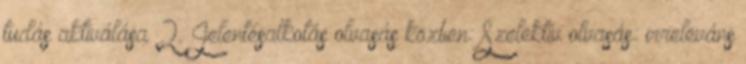
tudás aktiválása 2. Jelentésalkotás olvasás közben: Szelektív olvasás: irreleváns